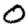
Digit: 0